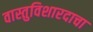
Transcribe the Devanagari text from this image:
वास्तुविशारदाचा